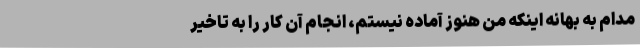
مدام به بهانه اینکه من هنوز آماده نیستم، انجام آن کار را به تاخیر